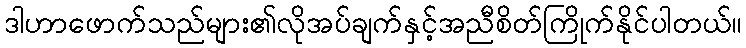
ဒါဟာဖောက်သည်များ၏လိုအပ်ချက်နှင့်အညီစိတ်ကြိုက်နိုင်ပါတယ်။